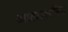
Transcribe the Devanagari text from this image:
आद्याशक्ति